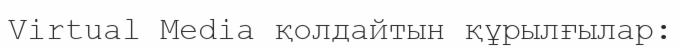
Virtual Media қолдайтын құрылғылар: